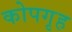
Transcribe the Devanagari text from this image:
कोपगृह